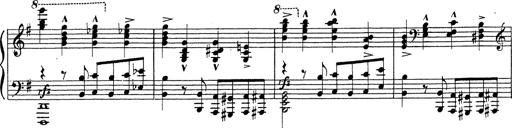
Title: Grosses Konzertsolo
Composer: Franz Liszt